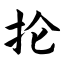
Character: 抡